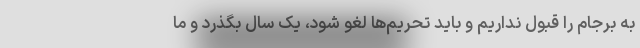
به برجام را قبول نداریم و باید تحریم‌ها لغو شود، یک سال بگذرد و ما